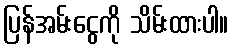
ပြန်အမ်းငွေကို သိမ်းထားပါ။